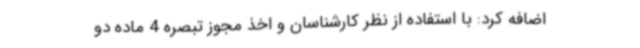
اضافه کرد: با استفاده از نظر کارشناسان و اخذ مجوز تبصره 4 ماده دو